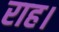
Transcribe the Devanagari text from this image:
राह।